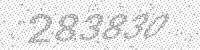
Solution: 283830